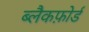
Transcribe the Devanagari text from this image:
ब्लैकफ़ोर्ड